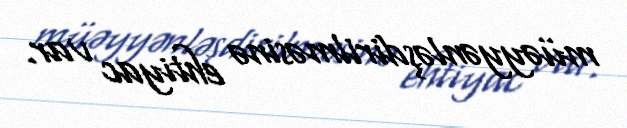
müəyyənləşdirilməsinə ehtiyac var.